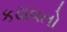
કઢાવતો